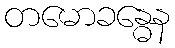
တမောခန္ဓေန